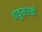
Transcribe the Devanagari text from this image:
चाकूसारखी